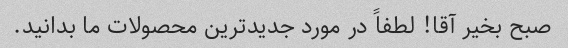
صبح بخیر آقا! لطفاً در مورد جدیدترین محصولات ما بدانید.